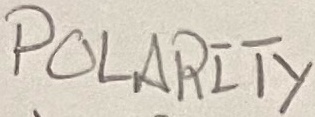
Text: POLARITY